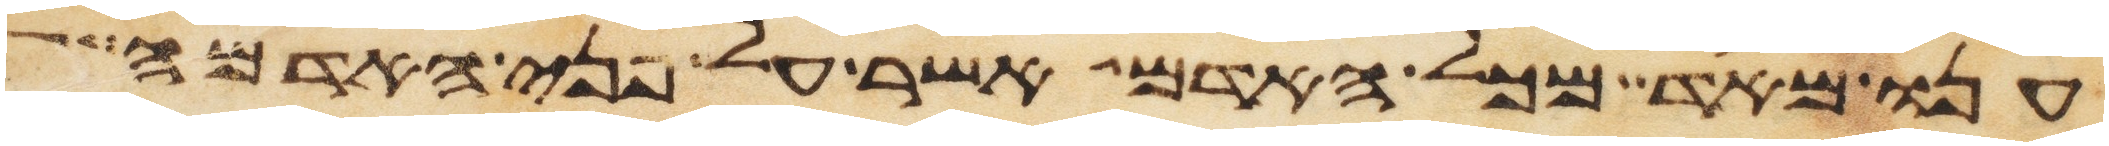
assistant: ענו מאד מכל האדם אשר על פני האדמה